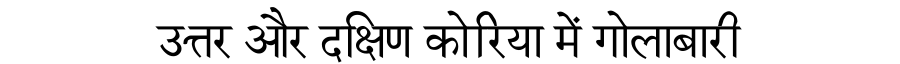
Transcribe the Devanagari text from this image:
उत्तर और दक्षिण कोरिया में गोलाबारी